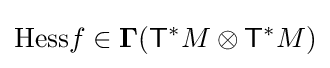
\displaystyle {\mbox{Hess}}f\in \mathbf {\Gamma } ({\mathsf {T}}^{*}M\otimes {\mathsf {T}}^{*}M)